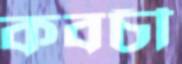
কবচী